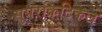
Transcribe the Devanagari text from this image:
सुपरक्रिटिकल